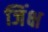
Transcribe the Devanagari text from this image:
जिंक्ष